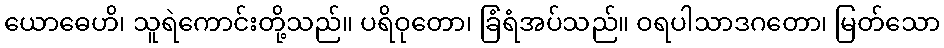
ယောဓေဟိ၊ သူရဲကောင်းတို့သည်။ ပရိဝုတော၊ ခြံရံအပ်သည်။ ဝရပါသာဒဂတော၊ မြတ်သော